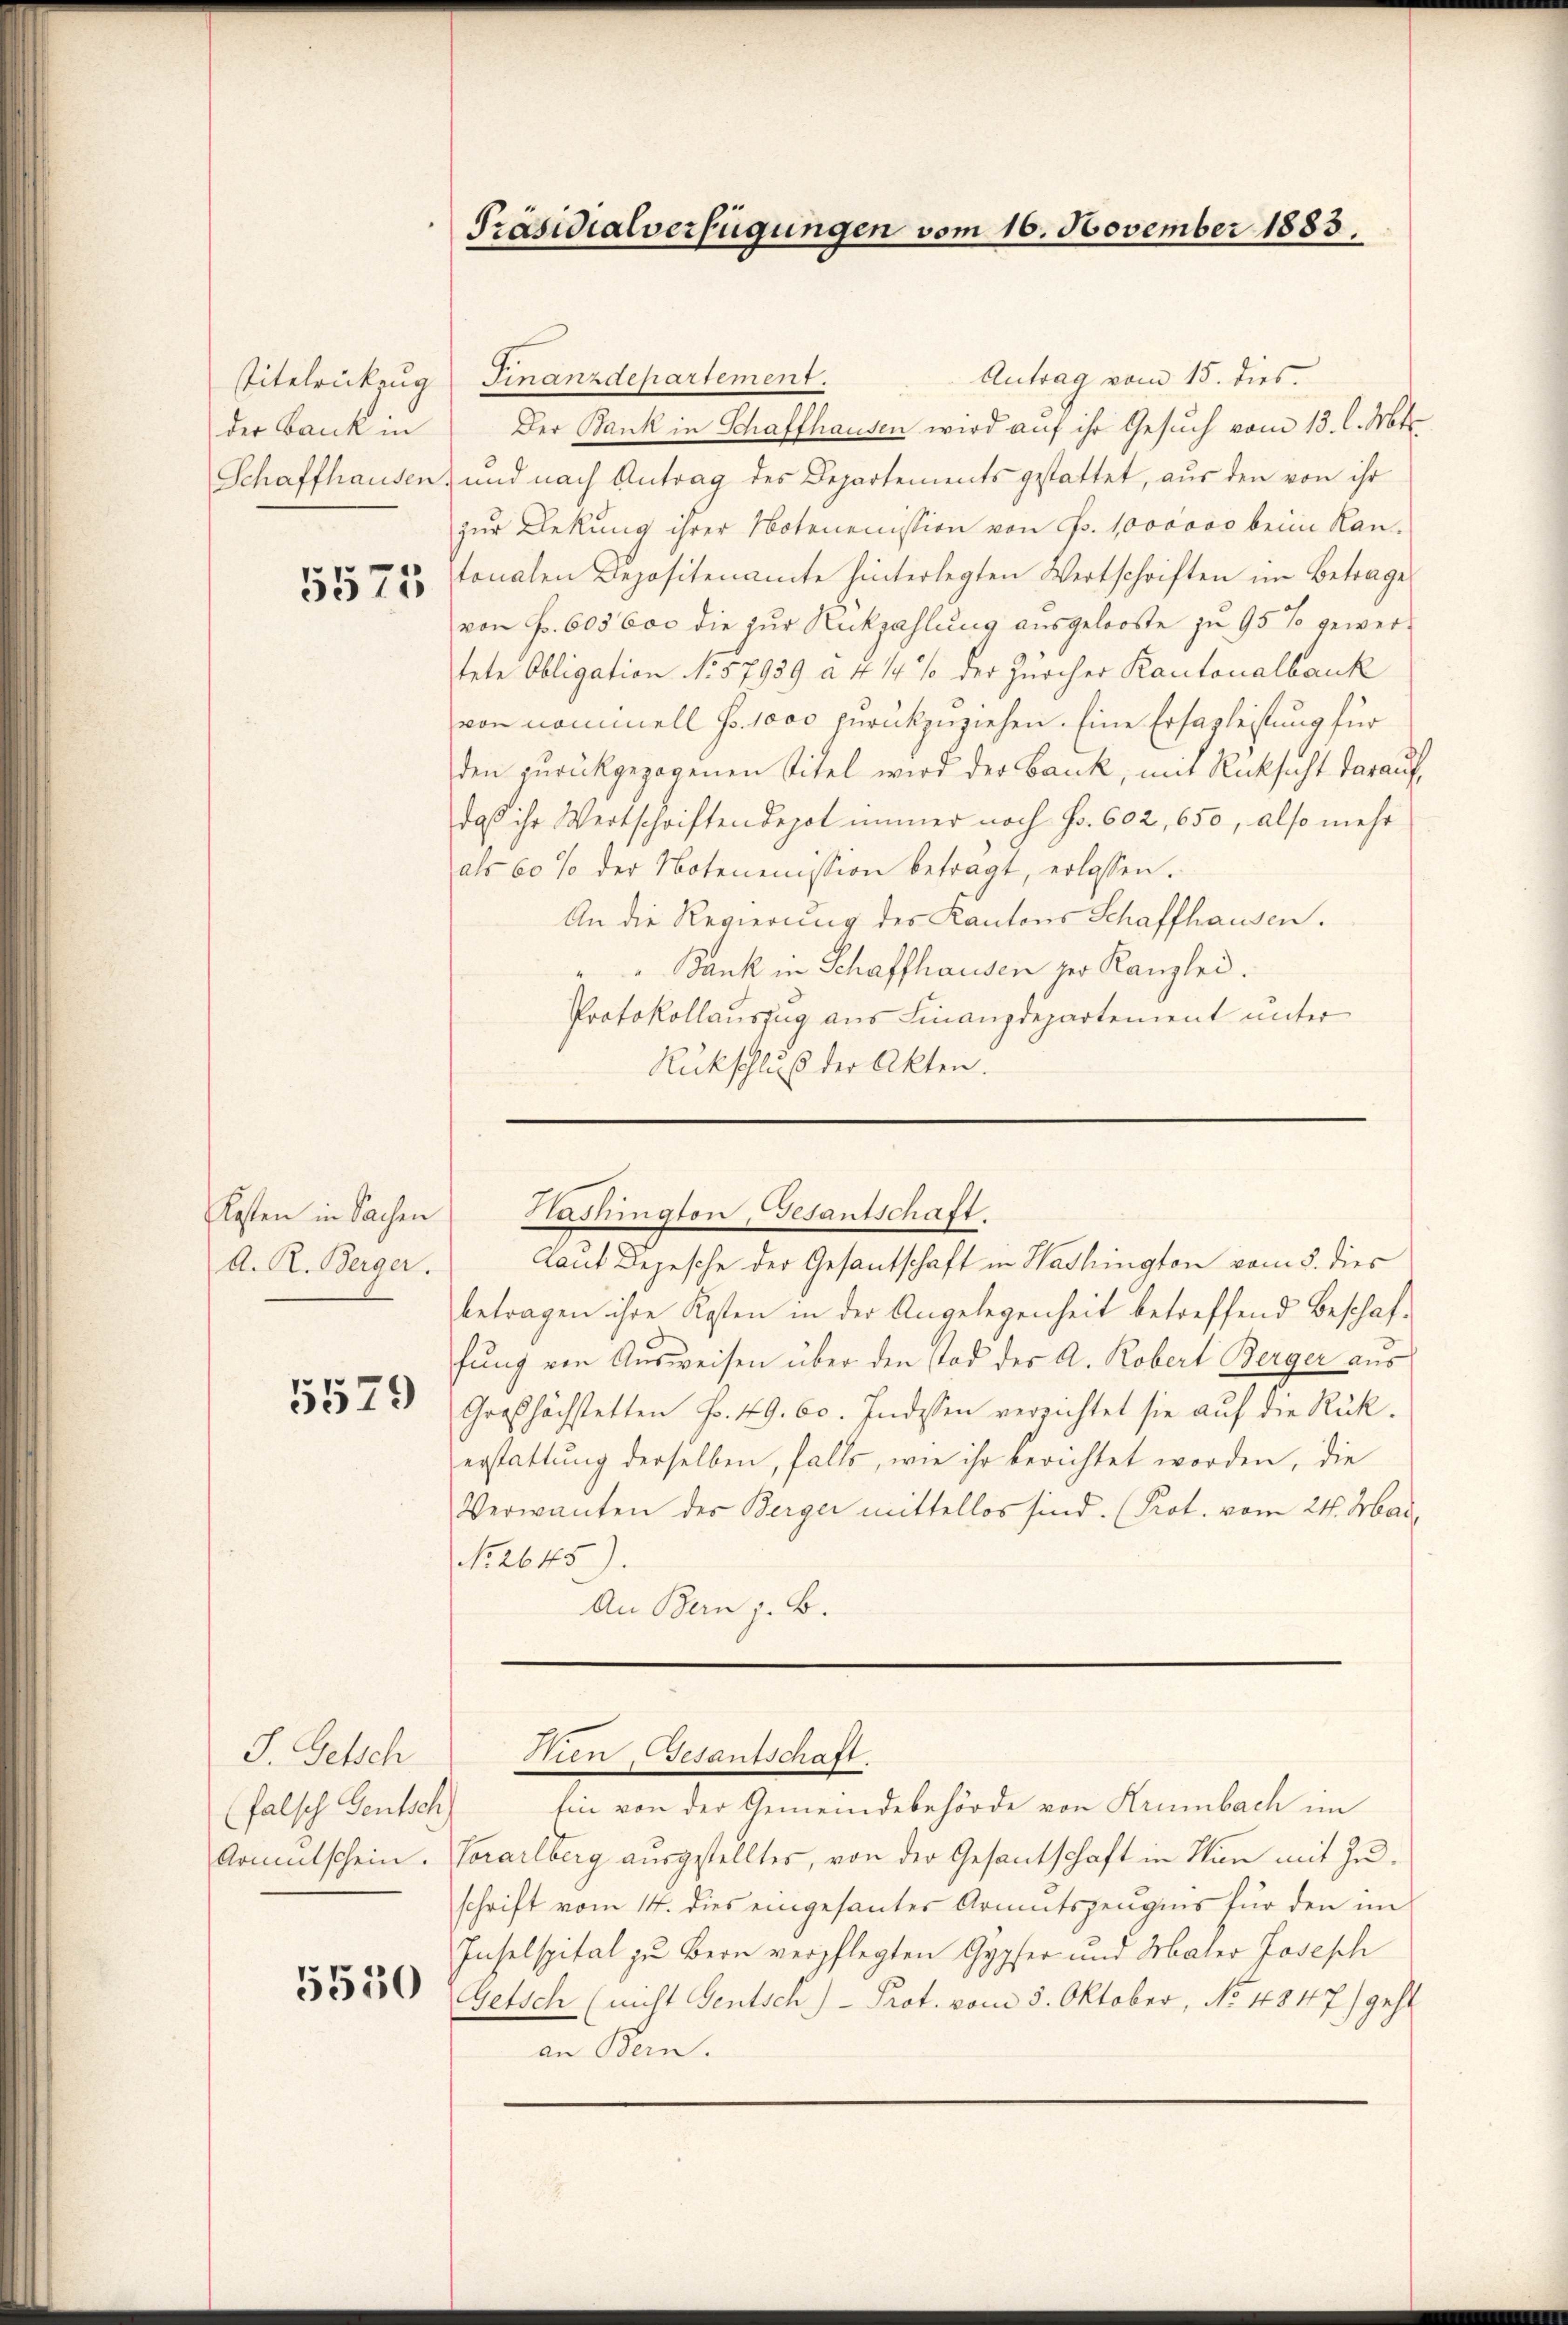
der Bank in

5575

Kosten in Sachen
A. R. Berger.

5579

S. Gesch
Armentschein.

5530

Präsidialverfügungen vom 16. November 1883.

Antrag vom 15. dies
Titelrückzug Finanzdepartement.
Der Bank in Schaffhausen wird auf ihr Gesuch vom 13. l. Mts.
Schaffhausen, und nach Antrag des Departements gestattet, aŭs den von ihr
zur Dekung ihrer Notenenission von Fr. 1000000 beim Kantonalen Depositenamte hinterlegten Wertschriften im Betrage
von Fr. 60360c die zur Rückzahlung ausgelooste zu 95 % gewertete Obligation No. 57939 a 4 1/4 % der Zürcher Kantonalbank
von nominell so. 1000 zurückzuziehen. Eine Ersazleistung für
den zurückgezogenen Titel wird der Bank, mit Rücksicht darauf,
daß ihr Wertschriften depot immer noch Fr. 602, 650, also mehr
als 60 % der Notenemission betragt, erlassen.
An die Regierung des Kantons Schaffhausen.
" " Bank in Schaffhausen per Kanzlei.
Protokollauszug aus Finanzdepartement unter
Rückschluß der Akten.

Laut Depesche der Gesantschaft in Washington vom 5. dies
betragen ihre Kosten in der Angelegenheit betreffend Beschaffung von Ausweisen über den Tod der A. Robert Berger aus
Großhöchstetten Fr. 49. 60. Indessen verzichtet sie auf die Rück-
erstattung derselben, falls, wie ihr berichtet worden, die
Verwanten des Berger mittellos sind. (Prot. vom 24. Mar
No. 2645).
An Bern z. B.

Washington, Gesantschaft.

falsch Teutsch Ein von der Gemeindebehörde von Krumbach im
Vorarlberg ausgestelltes, von der Gesantschaft in Man mit Zuschrift vom 14. dies eingesantes Armutszeugnis für den im
Inselspital zu Bern verpflegten Gypfer und Maler Joseph
Getsch (nicht Gentsch)- Prot. vom 5. Oktober, No 4847) geht
an Bern.

Hien, Gesantschaft.